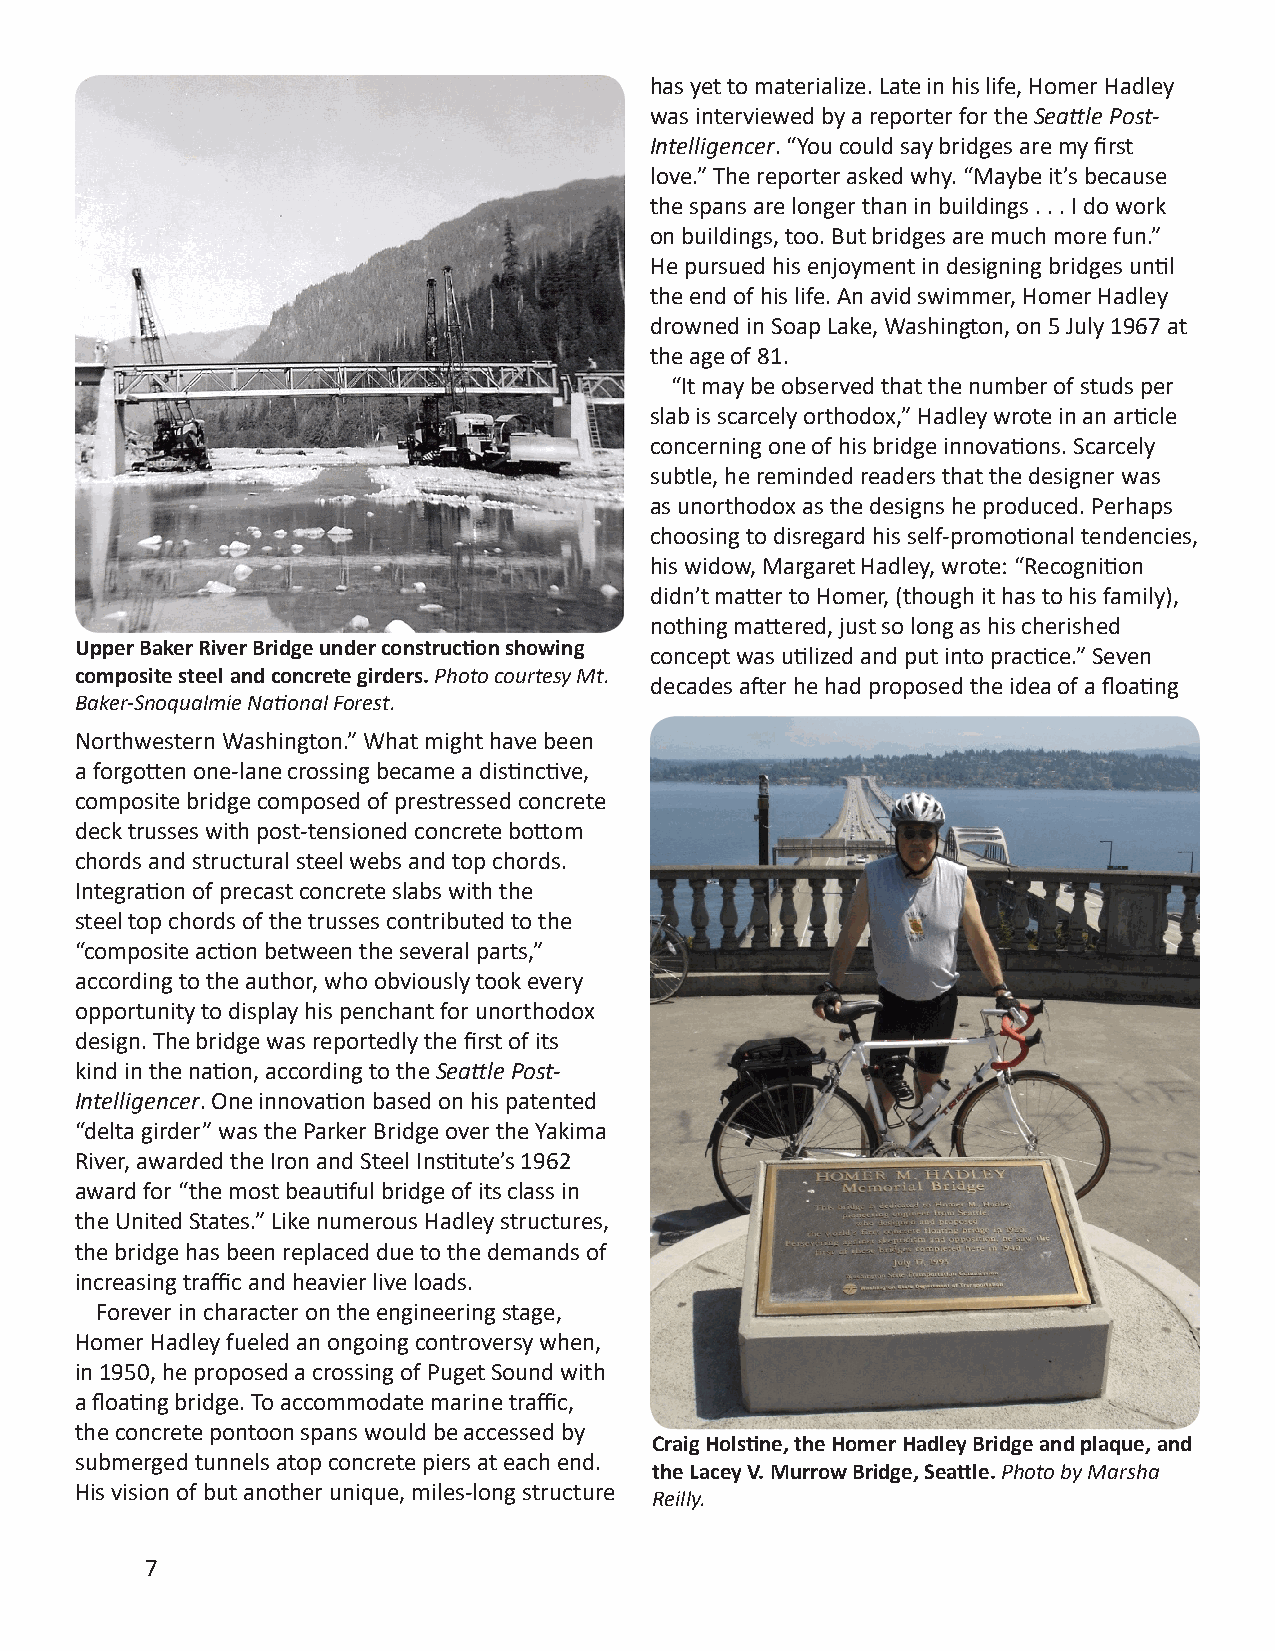
has yet to materialize. Late in his life, Homer Hadley
 was interviewed by a reporter for the Seattle Post-
 Intelligencer. “You could say bridges are my first
 love.” The reporter asked why. “Maybe it’s because
 the spans are longer than in buildings . . . I do work
 on buildings, too. But bridges are much more fun.”
 He pursued his enjoyment in designing bridges until
 the end of his life. An avid swimmer, Homer Hadley
 drowned in Soap Lake, Washington, on 5 July 1967 at
 the age of 81.
 “It may be observed that the number of studs per
 slab is scarcely orthodox,” Hadley wrote in an article
 concerning one of his bridge innovations. Scarcely
 subtle, he reminded readers that the designer was
 as unorthodox as the designs he produced. Perhaps
 choosing to disregard his self-promotional tendencies,
 his widow, Margaret Hadley, wrote: “Recognition
 didn’t matter to Homer, (though it has to his family),
 nothing mattered, just so long as his cherished
 Upper Baker River Bridge under construction showing
 concept was utilized and put into practice.” Seven
 composite steel and concrete girders. Photo courtesy Mt.
 decades after he had proposed the idea of a floating
 Baker-Snoqualmie National Forest.
 Northwestern Washington.” What might have been
 a forgotten one-lane crossing became a distinctive,
 composite bridge composed of prestressed concrete
 deck trusses with post-tensioned concrete bottom
 chords and structural steel webs and top chords.
 Integration of precast concrete slabs with the
 steel top chords of the trusses contributed to the
 “composite action between the several parts,”
 according to the author, who obviously took every
 opportunity to display his penchant for unorthodox
 design. The bridge was reportedly the first of its
 kind in the nation, according to the Seattle Post-
 Intelligencer. One innovation based on his patented
 “delta girder” was the Parker Bridge over the Yakima
 River, awarded the Iron and Steel Institute’s 1962
 award for “the most beautiful bridge of its class in
 the United States.” Like numerous Hadley structures,
 the bridge has been replaced due to the demands of
 increasing traffic and heavier live loads.
 Forever in character on the engineering stage,
 Homer Hadley fueled an ongoing controversy when,
 in 1950, he proposed a crossing of Puget Sound with
 a floating bridge. To accommodate marine traffic,
 the concrete pontoon spans would be accessed by
 Craig Holstine, the Homer Hadley Bridge and plaque, and
 submerged tunnels atop concrete piers at each end.
 the Lacey V. Murrow Bridge, Seattle. Photo by Marsha
 His vision of but another unique, miles-long structure
 Reilly.
 7